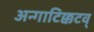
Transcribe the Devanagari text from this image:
अन्गाटिक्कटव्